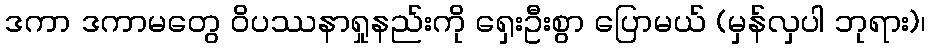
ဒကာ ဒကာမတွေ ဝိပဿနာရှုနည်းကို ရှေးဦးစွာ ပြောမယ် (မှန်လှပါ ဘုရား)၊